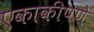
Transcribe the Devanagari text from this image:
एकाकीपणे